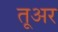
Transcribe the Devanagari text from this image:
तूअर